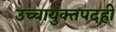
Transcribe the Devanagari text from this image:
उच्चायुक्तपदही